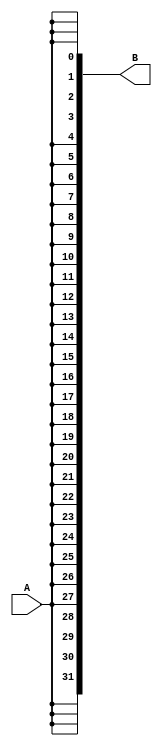
module extForSUBctr_112(A, B);

input A;
output[31:0] B;

assign B = {{(31){A}}, A};

endmodule